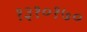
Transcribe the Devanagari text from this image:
१३१०१७०